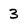
Character: 3